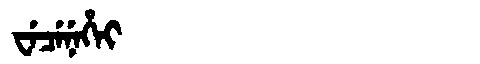
Manchu: ᠸᡝᠴᡝᠨᡝᡥᡝᡳ
Romanization: WECENEHEI